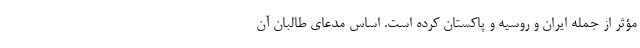
مؤثر از جمله ایران و روسیه و پاکستان کرده است. اساس مدعای طالبان آن